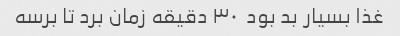
غذا بسیار بد بود  ٣٠ دقیقه زمان برد تا برسه